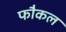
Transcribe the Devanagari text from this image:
फौकल